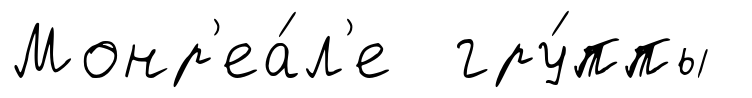
Монр'еа́л'е гру́ппы